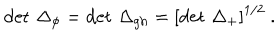
LaTeX: \det \, \Delta _ { \phi } = \det \, \Delta _ { \mathrm { g h } } = \left[ \det \, \Delta _ { + } \right] ^ { 1 / 2 } \ .